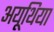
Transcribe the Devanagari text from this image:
अयूथिया